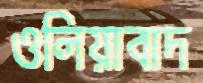
ওলিয়াবাদ